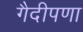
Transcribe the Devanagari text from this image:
गैदीपणा